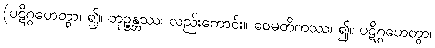
(ပဋိဂ္ဂဟေတွာ၊ ၍။ ဘုဉ္ဇန္တဿ၊ လည်းကောင်း။ ဝေမတိကဿ၊ ၍။ ပဋိဂ္ဂဟေတွာ၊